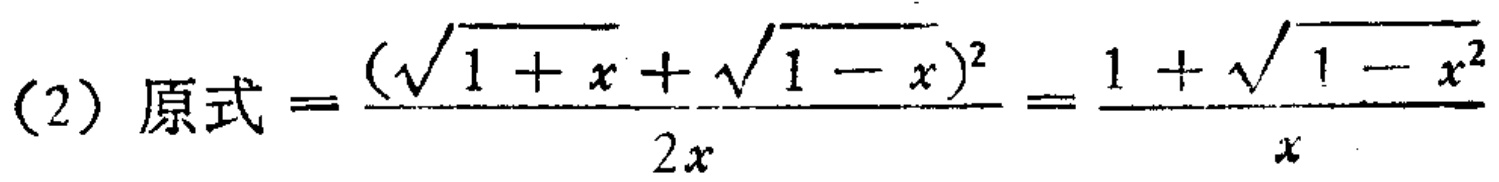
(2) 原式 \(=\frac{(\sqrt{1 + x}+\sqrt{1 - x})^2}{2x}=\frac{1+\sqrt{1 - x^2}}{x}\)